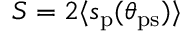
S = 2 \langle s _ { \mathrm { p } } ( \theta _ { \mathrm { p s } } ) \rangle